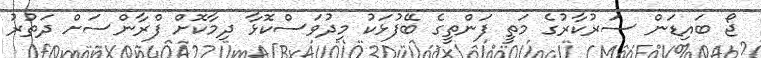
ޖޯ ބައިޑަން ސަރުކާރުގެ މަތީ ފަންތީގެ ބޭފުޅަކު މިދުވަސްކޮޅާ ދިމާކޮށް ފްރާންސަށް ދަތުރު